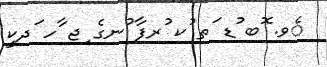
ެވ. ޮބ ުޑ ަތ ުކ ުރފާ ުނގެ ިޖ ާހ ަދކީ